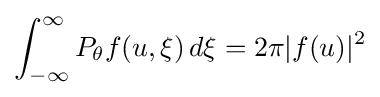
\int _{-\infty }^{\infty }P_{\theta }f(u,\xi )\,d\xi =2\pi |f(u)|^{2}